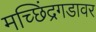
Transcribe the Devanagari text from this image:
मच्छिंद्रगडावर